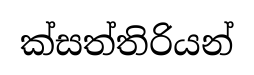
ක්සත්තිරියන්